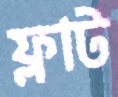
ফ্লাট